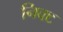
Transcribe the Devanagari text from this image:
निक्ट